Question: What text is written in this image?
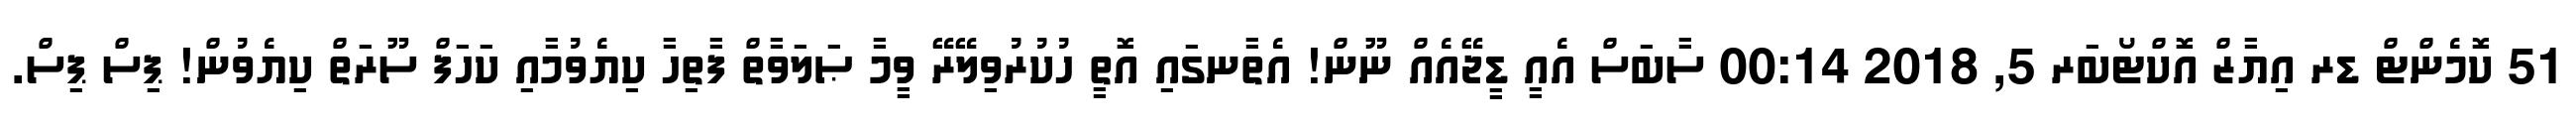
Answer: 51 ކޮމެންޓް ޑރ އިޔާޒް އޮކްޓޯބަރ 5, 2018 00:14 ސާބަސް އެއީ ޑީޖޭއެއް ނޫން! އެތާނގައި އޮތީ ހުކުރުވިލޭރޭ ވީމާ ޞަލަވާތް ފާތިހާ ކިޔެވުމާއި ކަހަފް ސޫރަތް ކިޔެވުން! ޕިސް ޕިސް.